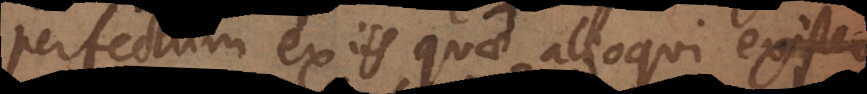
perfectum ex iis quae alioqui existerent